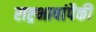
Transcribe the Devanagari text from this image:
राष्ट्रभाषांपैकी